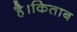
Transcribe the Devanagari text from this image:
है।किताब